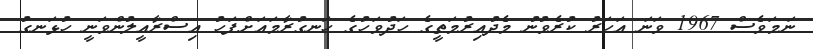
ނަމަވެސް 1967 ވަނަ އަހަރު ކުރެވުނު މެދުއިރުމަތީގެ ހަދުވަހުގެ ހަނގުރާމައަށްފަހު އިސްރާއީލުންވަނީ ހުޅަނގު